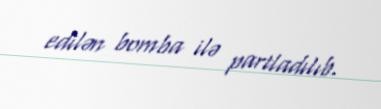
edilən bomba ilə partladılıb.